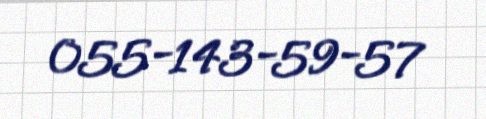
055-143-59-57